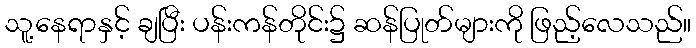
သူ့နေရာနှင့် ချပြီး ပန်းကန်တိုင်း၌ ဆန်ပြုတ်များကို ဖြည့်လေသည်။